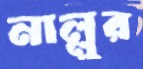
নাল্লুর